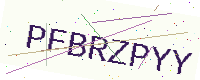
Text: PFBRZPYY